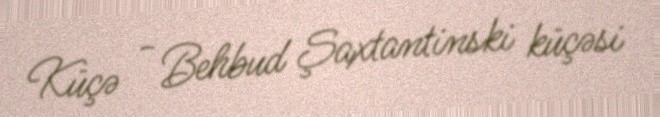
Küçə - Behbud Şaxtantinski küçəsi